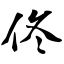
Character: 佟